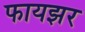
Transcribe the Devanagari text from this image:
फायझर